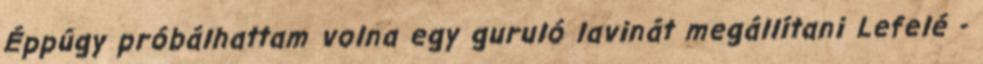
Éppúgy próbálhattam volna egy guruló lavinát megállítani Lefelé -